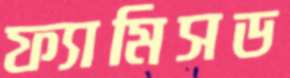
ফ্যামিসড